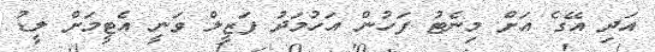
އަދި އޭގެ އަށް މިނެޓު ފަހުން އަހުމަދު ފަޒީލް ވަނީ އެޓީމަށް ލީޑު